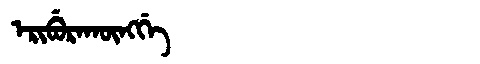
Manchu: ᡝᡵᡳᠪᡠᡵᠠᡴᡡᠩᡤᡝ
Romanization: ERIBURAKŪNGGE